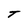
Character: T